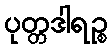
ပုတ္တဒါရဉ္စ